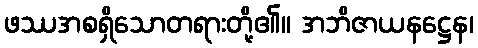
ဖဿအစရှိသောတရားတို့၏။ အဘိဇာယနဋ္ဌေန၊